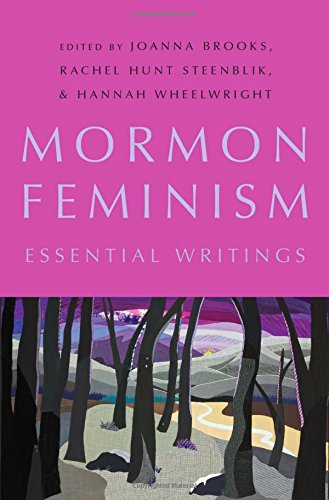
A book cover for Mormon Feminism: Essential Writings; Politics & Social Sciences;